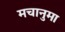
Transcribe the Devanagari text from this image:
मचानुमा